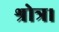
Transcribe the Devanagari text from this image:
श्रोत्र।